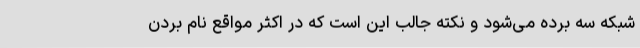
شبکه سه برده می‌شود و نکته جالب این است که در اکثر مواقع نام بردن